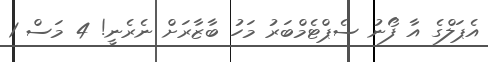
އެޕަލްގެ އާ ފޯނު ސެޕްޓެމްބަރު މަހު ބާޒާރަށް ނެރެނީ! 4 މަސް 1